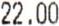
22.00